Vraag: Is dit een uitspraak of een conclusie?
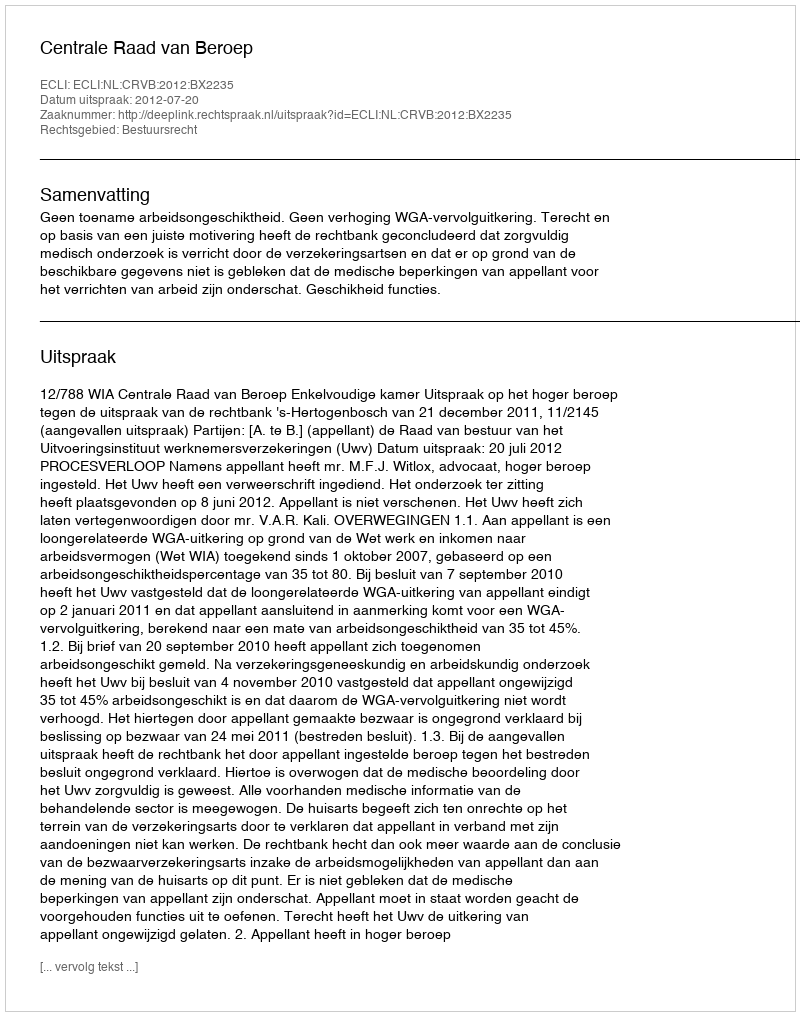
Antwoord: Uitspraak